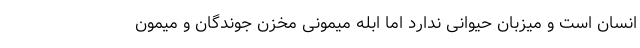
انسان است و میزبان حیوانی ندارد اما ابله میمونی مخزن جوندگان و میمون